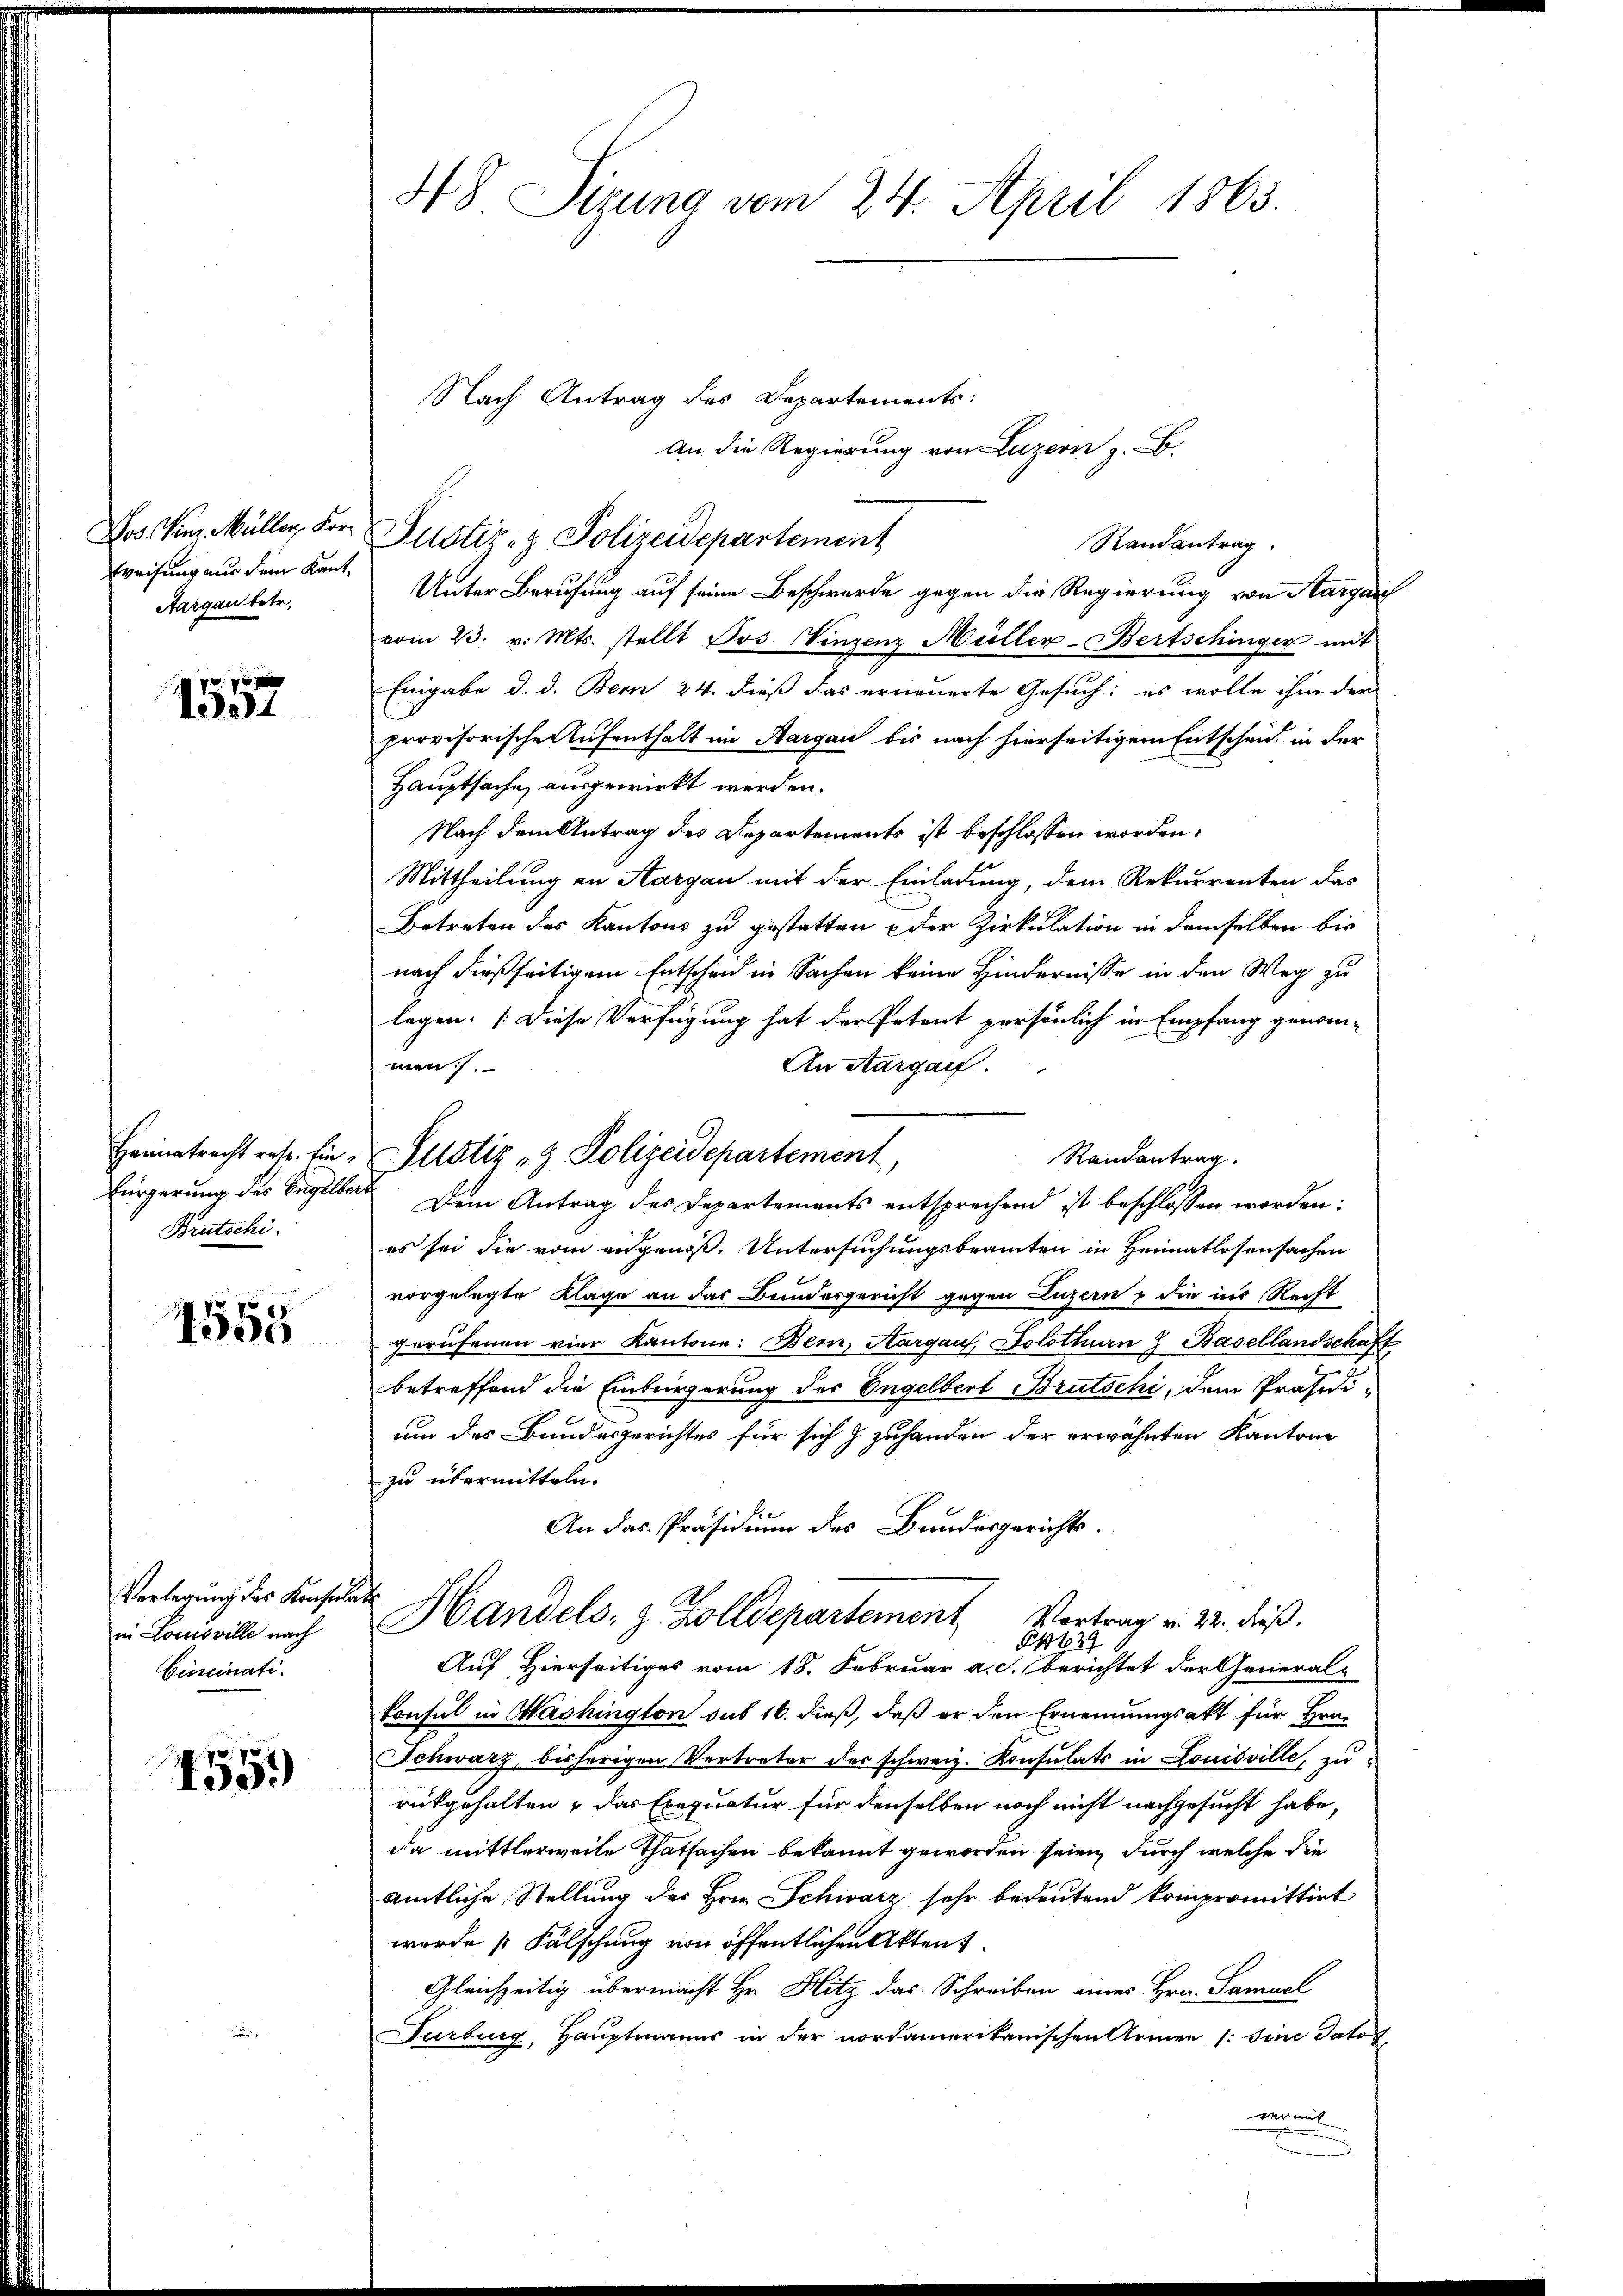
Wos Vinz Müller, For¬
Weisung aus dem Kant¬
Aargau betr.

1557

Brutschi

1555

Verlegung des Konsula
in Loisville nach
Ciminati.

85
459)

48 Sizung vom 24. April 1863.

An die Regierung von Luzern z. B.
Randantrag
Unter Berufung auf seine Beschwerde gegen die Regierung von Aargau
vom 23. v. Mts. stellt Jos. Vinzenz Müller-Bertschinger mit
Eingabe d. d. Bern 24. dieß das erneuerte Gesuch: es wolle ihm der
provisorische Aufenthalt im Aargau bis nach hierseitigem Entscheid in der
Hauptsache, ausgewirkt werden.
Nach dem Antrag des Departements ist beschlossen worden.
Mittheilung an Aargau mit der Einladung, dem Rekurrenten das
Betreten des Kantons zu gestatten der Zirkulation in demselben bis
nach dießseitigem Entscheid in Sachen keine Hindernisse in den Weg zu
legen. (Diese Verfügung hat der Petent persönlich in Empfang genom-
men).
An Aargauf.
Randantrag.
Fürgerung des Engelbert. Dem Antrag des Departements entsprechend ist beschlossen worden:
es sei die vom angenoß. Untersuchungsbeamten in Heimatlosensachen
vorgelegte Kläge an das Bundesgericht gegen Luzern & die ins Recht
gerufenen vier Kantone: Bern, Aargau, Solothurn Basellandschaft
betreffend die Einbergerung des Engelbert Brutschi, dem Präsidium des Bundesgerichtes für sich  zuhanden der erwähnten Kantone
zu übermitteln.
An das Präsidium des Bundesgerichts-
.
Handels- & Zolldepartement Vortrag v. 22. dieß.
 629
Auf Hierseitiges vom 18. Februar a. c. berichtet der General-
konsul in Washington sub 16. dieß, daß er den Ernennungsakt für Hrn.
Schwarz, bisherigen Vertreter des schweiz. Konsulats in Louisville, zurükgehalten & das Exequatur für denselben noch nicht nachgesucht habe,
da mittlerweile Thatsachen bekannt geworden seien, durch welche die
amtliche Stellung des Hrn. Schwarz sehr bedeutend kompromittirt
wurde Fälschung von öffentlichen Akten.
Gleichzeitig übermacht Hr. Hitz das Schreiben eines Hrn. Samuel
Surburg, Hauptmanns in der nordamerikanischen Armen (: Sine Dato f
vermit

Nach Antrag des Departements:
Justiz- & Polizeidepartement

Heimatracht retr. Ein Justiz & Polizeidepartement,